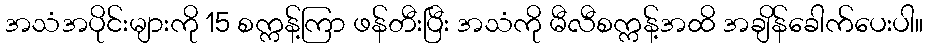
အသံအပိုင်းများကို 15 စက္ကန့်ကြာ ဖန်တီးပြီး အသံကို မီလီစက္ကန့်အထိ အချိန်ခေါက်ပေးပါ။